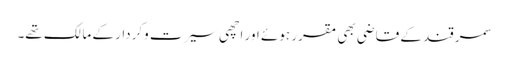
سمرقند کے قاضی بھی مقرر ہوئے اور اچھی سیرت وکردار کے مالک تھے۔